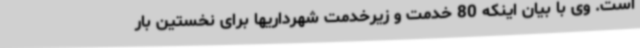
است. وی با بیان اینکه 80 خدمت و زیرخدمت شهرداریها برای نخستین بار